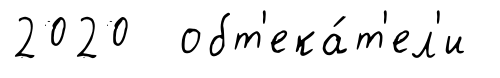
2020 обт'ека́т'ел'и